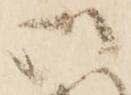
御